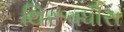
થિરૂવધીરા